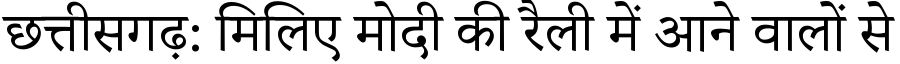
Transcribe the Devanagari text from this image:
छत्तीसगढ़: मिलिए मोदी की रैली में आने वालों से